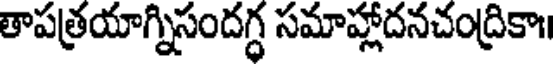
తాపత్రయాగ్నిసందగ్ధ సమాహ్లాదనచంద్రికా॥